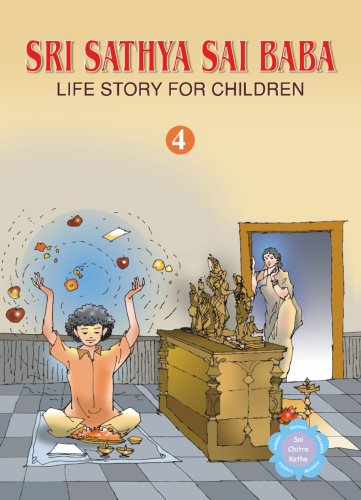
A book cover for Sri Sathya Sai Baba Life Story for Children: v. 4; R. Padmanaban; Children's Books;